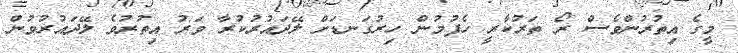
މީގެ އިތުރުންވެސް ރޯ ތަރުކާރީ ހެފުމުން ހިރުގަނޑަށް ލޭދައުރުކުރާ ވަރު އިތުރުވެ ލޭދައުރުވުން